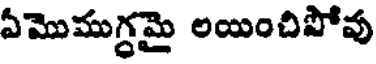
ఏమొముగ్ధమై లయించిపోవు